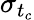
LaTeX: \sigma_{t_{c}}